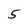
Character: 5